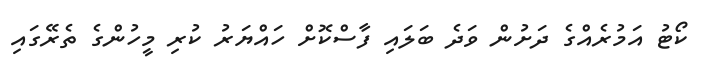
ކޯޓު އަމުރެއްގެ ދަށުން ވަދެ ބަލައި ފާސްކޮށް ހައްޔަރު ކުރި މީހުންގެ ތެރޭގައި